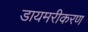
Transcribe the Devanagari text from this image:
डायमरीकरण